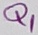
Text: Q1